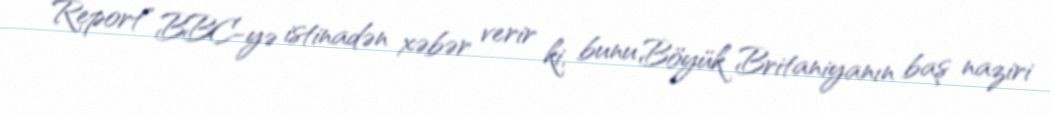
Report" BBC-yə istinadən xəbər verir ki, bunu Böyük Britaniyanın baş naziri